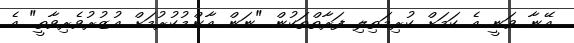
އޭނާ ވަނީ އެ ކަމަށް ކުރިމަތިލި ފަރާތްތަކުން "ނަން އާންމުކުރުމަށް އުޒުރުވެރިވާތީ" އެ